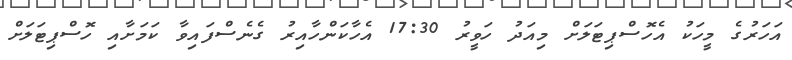
އަހަރުގެ މީހަކު އެހޮސްޕިޓަލަށް މިއަދު ހަވީރު 17:30 އެހާކަންހާއިރު ގެނެސްފައިވާ ކަމަށާއި ހޮސްޕިޓަލަށް